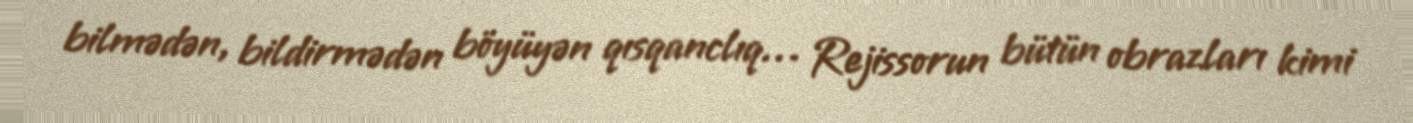
bilmədən, bildirmədən böyüyən qısqanclıq… Rejissorun bütün obrazları kimi